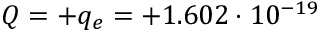
Q = + q _ { e } = + 1 . 6 0 2 \cdot 1 0 ^ { - 1 9 }